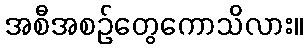
အစီအစဉ်တွေကောသိလား။